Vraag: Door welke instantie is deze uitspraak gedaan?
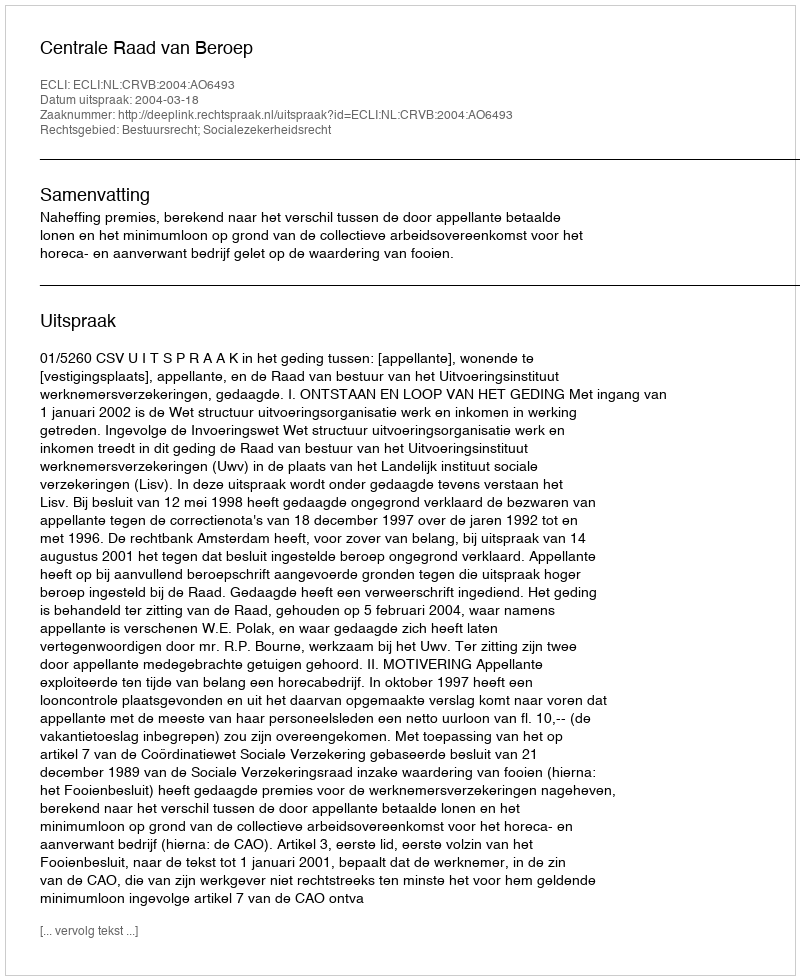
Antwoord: Centrale Raad van Beroep